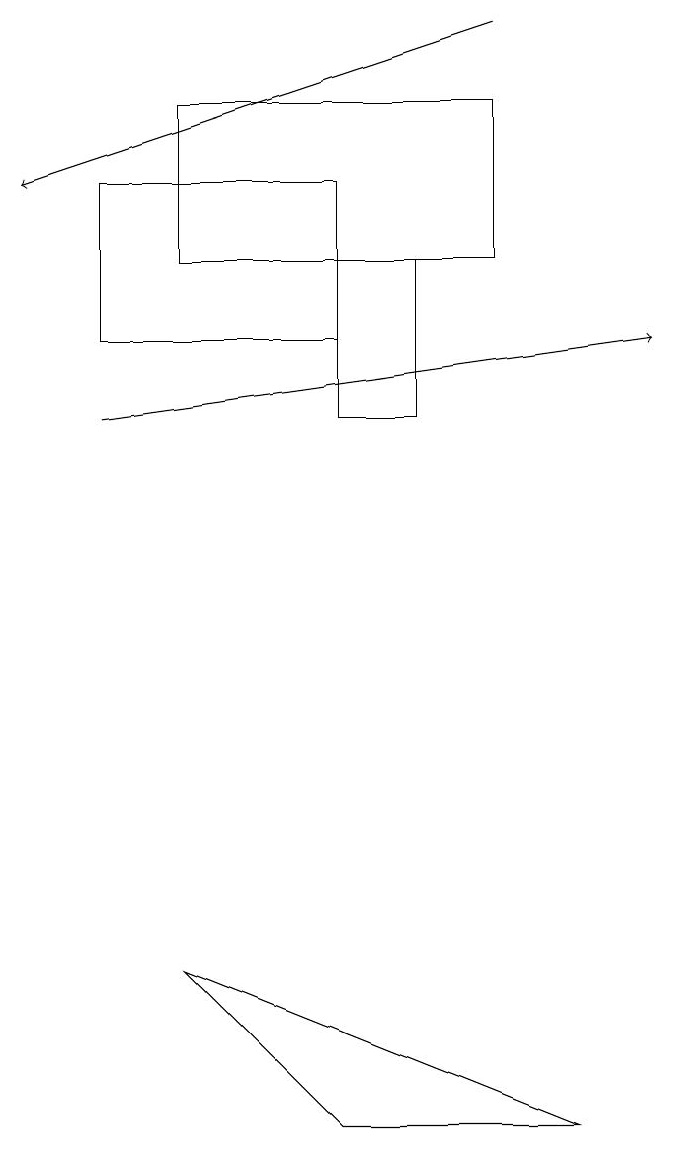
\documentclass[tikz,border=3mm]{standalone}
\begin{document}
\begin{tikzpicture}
\draw (5,16) rectangle (6,14);
\draw[->] (7,19) -- (1,17);
\draw (3,16) rectangle (7,18);
\draw (2,17) rectangle (5,15);
\draw[->] (2,14) -- (9,15);
\draw (5,5) -- (3,7) -- (8,5) -- cycle;
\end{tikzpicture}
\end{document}